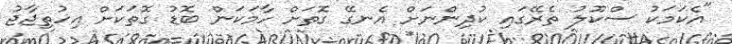
"އެކަމަކު ސްކޫލު ތެރޭގައި ކުދިންނަށް އެނގޭ ގޮތަށް ހާމަކަން ބޮޑު ގޮތަކަށް އިހުތިޖާޖު